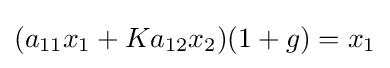
(a_{11}x_{1}+Ka_{12}x_{2})(1+g)=x_{1}